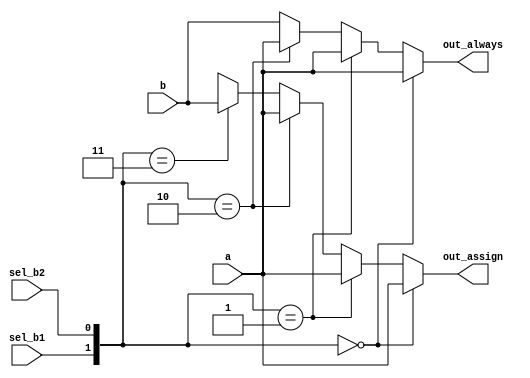
// synthesis verilog_input_version verilog_2001
module top_module(
    input a,
    input b,
    input sel_b1,
    input sel_b2,
    output wire out_assign,
    output reg out_always   ); 

    assign out_assign = ({sel_b1, sel_b2} == 2'b00)? a : 
        ({sel_b1, sel_b2} == 2'b01)? a : 
        ({sel_b1, sel_b2} == 2'b10)? a : 
        ({sel_b1, sel_b2} == 2'b11)? b : 1'bx;
    
    always @(*) begin
        if({sel_b1, sel_b2} == 2'b00)
            out_always = a;
        else if({sel_b1, sel_b2} == 2'b01)
            out_always = a;
        else if({sel_b1, sel_b2} == 2'b10)
            out_always = a;
        else 
            out_always = b;
    end
    
endmodule